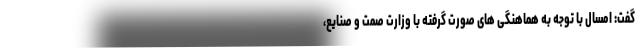
گفت: امسال با توجه به هماهنگی های صورت گرفته با وزارت صمت و صنایع،